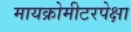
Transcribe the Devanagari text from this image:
मायक्रोमीटरपेक्षा